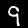
Label: 9